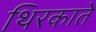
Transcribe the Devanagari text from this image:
थिरकाते